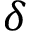
\delta